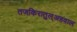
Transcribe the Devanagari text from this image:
तजकिरातुल्अहवाल